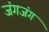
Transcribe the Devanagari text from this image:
जंगजंग